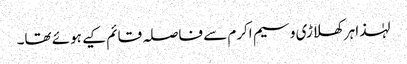
لہٰذا ہر کھلاڑی وسیم اکرم سے فاصلہ قائم کیے ہوئے تھا۔